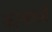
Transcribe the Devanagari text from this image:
कोलाओ